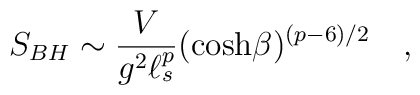
S_{BH} \sim {\frac{V}{g^2\ell_s^p}} (\cosh\!\beta)^{(p-6)/2} \quad ,